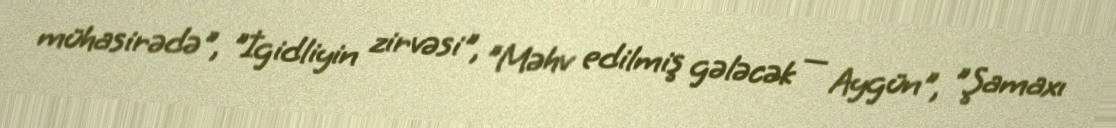
mühasirədə", "İgidliyin zirvəsi", "Məhv edilmiş gələcək — Aygün", "Şamaxı